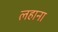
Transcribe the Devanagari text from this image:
लहाना